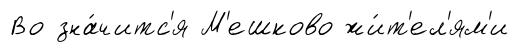
Во зна́читс'я М'ешково жи́т'ел'ям'и